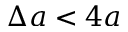
\Delta a < 4 a